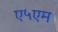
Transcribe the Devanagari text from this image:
ए५एम